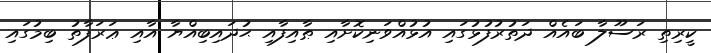
ކީރިތި ރަސޫލާ ބައެއް ދަތުރުފުޅުގައި އުޅުއްވަނިކޮށާއި ޠާއިފާއި ޙުދައިބިއްޔާ އާއި ޢަރަފާތު ބިމުގައި